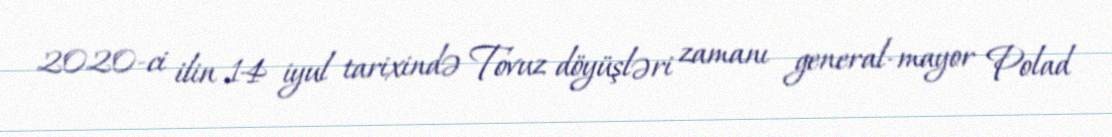
2020-ci ilin 14 iyul tarixində Tovuz döyüşləri zamanı general-mayor Polad